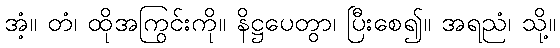
အံ့။ တံ၊ ထိုအကြွင်းကို။ နိဋ္ဌပေတွာ၊ ပြီးစေ၍။ အရညံ၊ သို့။